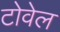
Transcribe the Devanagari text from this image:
टोवेल